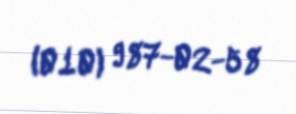
(010) 987-02-58